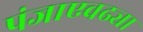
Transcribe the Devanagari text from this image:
पंजाएवढ्या